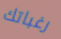
رغباتك